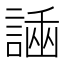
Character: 𧪗